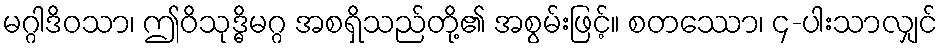
မဂ္ဂါဒိဝသာ၊ ဤဝိသုဒ္ဓိမဂ္ဂ အစရှိသည်တို့၏ အစွမ်းဖြင့်။ စတဿော၊ ၄-ပါးသာလျှင်